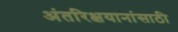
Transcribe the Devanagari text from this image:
अंतरिक्षयानांसाठी